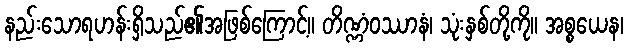
နည်းသောရဟန်းရှိသည်၏အဖြစ်ကြောင့်။ တိဏ္ဏံဝဿာနံ၊ သုံးနှစ်တို့ကို။ အစ္စယေန၊